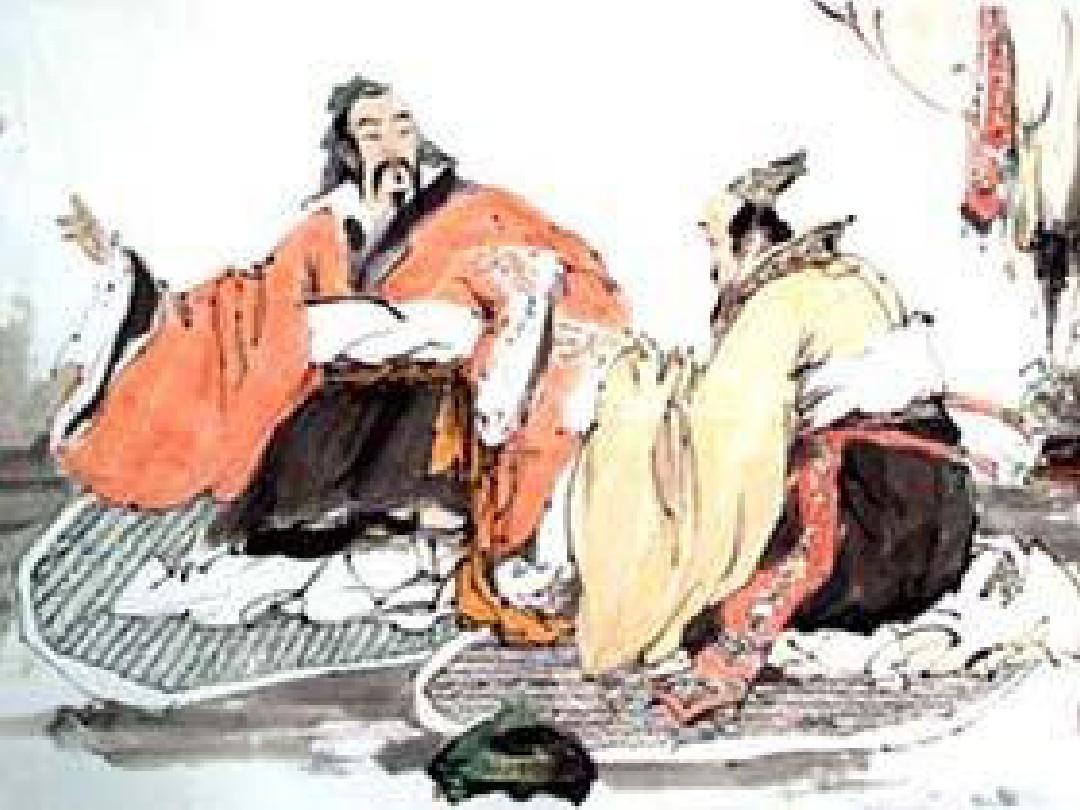
乐民之乐者，民亦乐其乐。